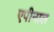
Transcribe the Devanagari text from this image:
एपीनाल